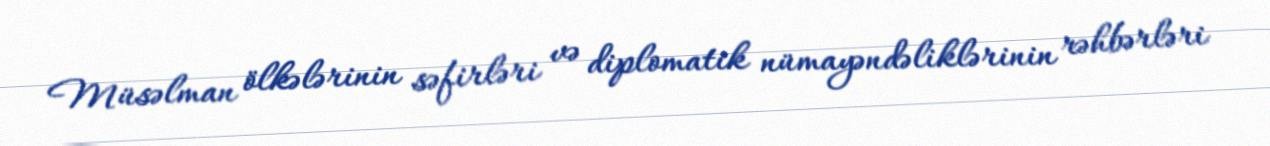
Müsəlman ölkələrinin səfirləri və diplomatik nümayəndəliklərinin rəhbərləri